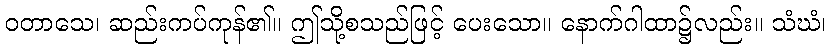
ဝတာသေ၊ ဆည်းကပ်ကုန်၏။ ဤသို့စသည်ဖြင့် ပေးသော။ နောက်ဂါထာ၌လည်း။ သံဃံ၊